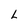
Character: L